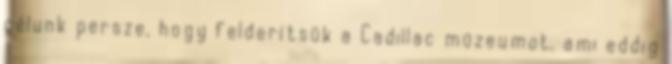
célunk persze, hogy felderítsük a Cadillac múzeumot, ami eddig